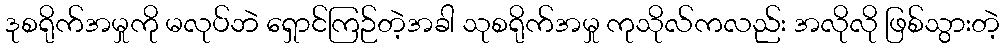
ဒုစရိုက်အမှုကို မလုပ်ဘဲ ရှောင်ကြဉ်တဲ့အခါ သုစရိုက်အမှု ကုသိုလ်ကလည်း အလိုလို ဖြစ်သွားတဲ့